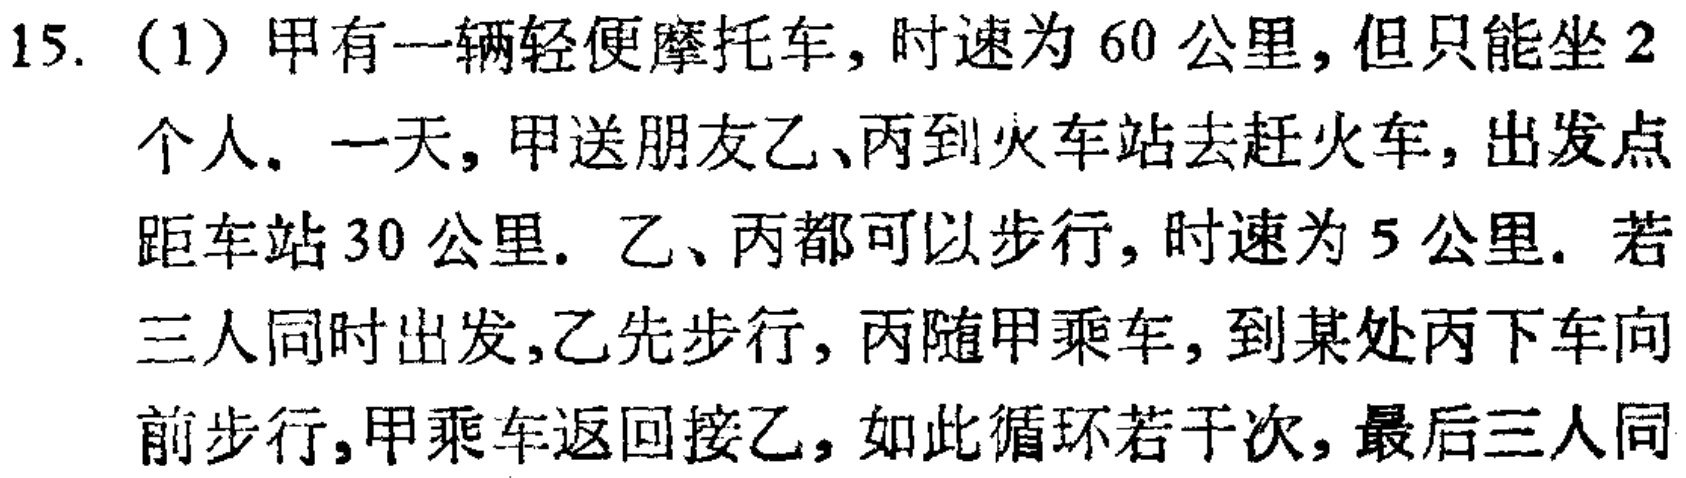
15. (1) 甲有一辆轻便摩托车，时速为 60 公里，但只能坐 2 个人. 一天，甲送朋友乙、丙到火车站去赶火车，出发点距车站 30 公里. 乙、丙都可以步行，时速为 5 公里. 若三人同时出发,乙先步行，丙随甲乘车，到某处丙下车向前步行，甲乘车返回接乙，如此循环若干次，最后三人同